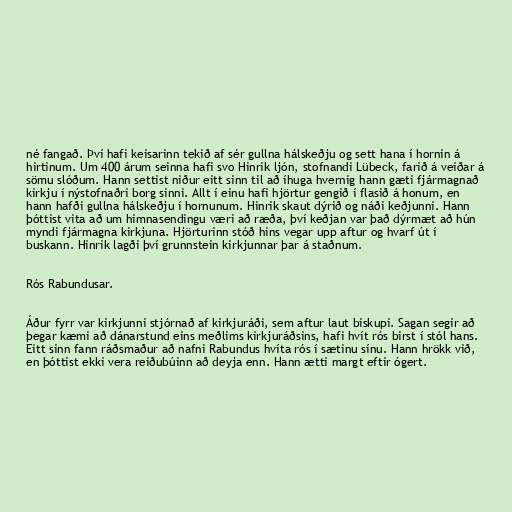
né fangað. Því hafi keisarinn tekið af sér gullna hálskeðju og sett hana í hornin á
hirtinum. Um 400 árum seinna hafi svo Hinrik ljón, stofnandi Lübeck, farið á veiðar á
sömu slóðum. Hann settist niður eitt sinn til að íhuga hvernig hann gæti fjármagnað
kirkju í nýstofnaðri borg sinni. Allt í einu hafi hjörtur gengið í flasið á honum, en
hann hafði gullna hálskeðju í hornunum. Hinrik skaut dýrið og náði keðjunni. Hann
þóttist vita að um himnasendingu væri að ræða, því keðjan var það dýrmæt að hún
myndi fjármagna kirkjuna. Hjörturinn stóð hins vegar upp aftur og hvarf út í
buskann. Hinrik lagði því grunnstein kirkjunnar þar á staðnum.

Rós Rabundusar.

Áður fyrr var kirkjunni stjórnað af kirkjuráði, sem aftur laut biskupi. Sagan segir að
þegar kæmi að dánarstund eins meðlims kirkjuráðsins, hafi hvít rós birst í stól hans.
Eitt sinn fann ráðsmaður að nafni Rabundus hvíta rós í sætinu sínu. Hann hrökk við,
en þóttist ekki vera reiðubúinn að deyja enn. Hann ætti margt eftir ógert.